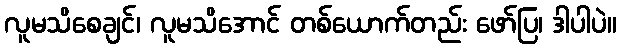
လူမသိစေချင်၊ လူမသိအောင် တစ်ယောက်တည်း ဖော်ပြ၊ ဒါပါပဲ။